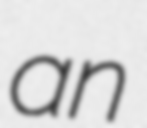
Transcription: an